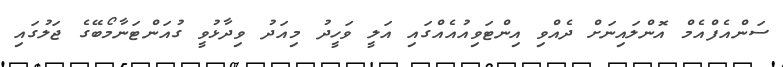
ސަންއެފްއެމް އޮންލައިނަށް ދެއްވި އިންޓަވިއުއެއްގައި އަލީ ވަހީދު މިއަދު ވިދާޅުވީ ގުއަންޓަނާމޯބޭގެ ޖަލުގައި